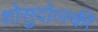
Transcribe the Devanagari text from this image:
शोसुदोव्स्की